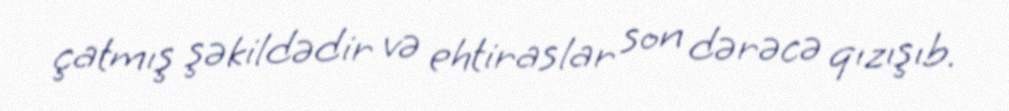
çatmış şəkildədir və ehtiraslar son dərəcə qızışıb.